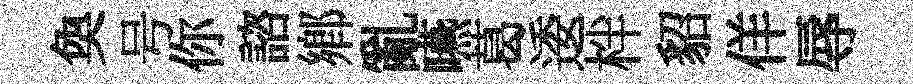
奐号你諮鄕亂嚥葛逶柈貂佯辱